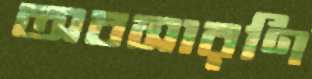
অবসারণি